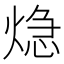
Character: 𤌀